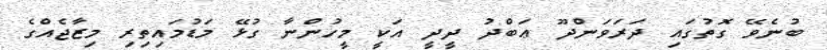
ބުނެވޭ ގޮތުގައި ދަރަވަންދޫ ޢަބްދު ދީދީ އަކީ މީހުންނާ ގުޅޭ މަޑުމައިތިރި މިޒާޖެއްގެ